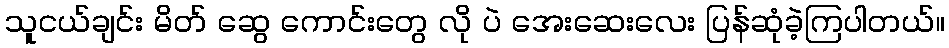
သူငယ်ချင်း မိတ် ဆွေ ကောင်းတွေ လို ပဲ အေးဆေးလေး ပြန်ဆုံခဲ့ကြပါတယ်။